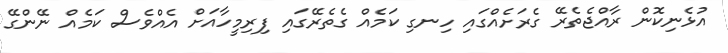
އުޅެނިކޮން ރާއްޖެތެރޭ ގެރަށެއްގައި ހިނގި ކަމެއް ގެތެރޭގައި ފިރިމީހާއަށް އެއްވެސް ކަމެއް ނޭންގޭ